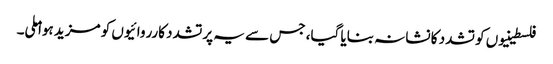
فلسطینیوں کو تشدد کا نشانہ بنایا گیا، جس سے یہ پرتشدد کارروائیوں کو مزید ہوا ملی۔